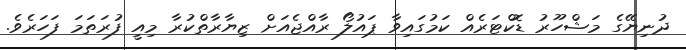
ދުނިޔޭގެ މަޝްހޫރު ޑޮކްޓަރެއް ކަމުގައިވާ ޕައުލޯ ރާއްޖެއަށް ޒިޔާރާތްކުރާ މިއީ ފުރަތަމަ ފަހަރެވެ.